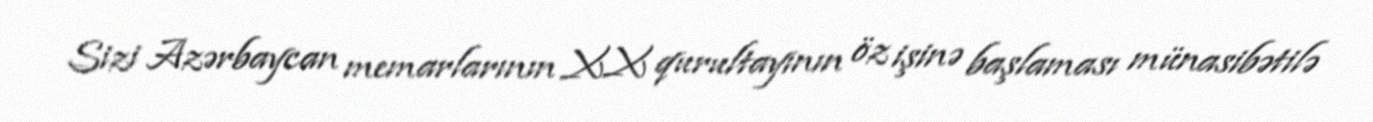
Sizi Azərbaycan memarlarının XX qurultayının öz işinə başlaması münasibətilə